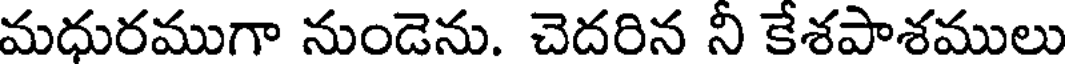
మధురముగా నుండెను. చెదరిన నీ కేశపాశములు